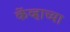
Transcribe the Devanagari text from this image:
केंव्हाच्या